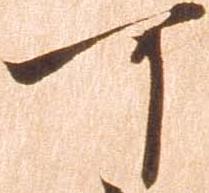
可